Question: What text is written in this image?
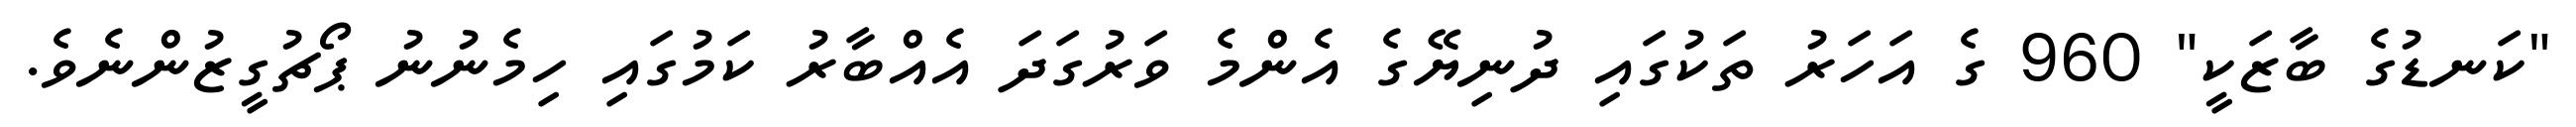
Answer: "ކަނޑުގެ ބާޒަކީ" 960 ގެ އަހަރު ތަކުގައި ދުނިޔޭގެ އެންމެ ވަރުގަދަ އެއްބާރު ކަމުގައި ހިމެނުނު ޕޯޗުގީޒުންނެވެ.